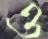
ও